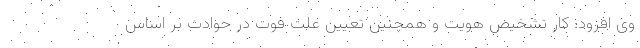
وی افزود: کار تشخیص هویت و همچنین تعیین علت فوت در حوادث بر اساس